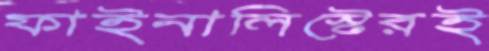
ফাইনালিস্টেরই